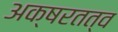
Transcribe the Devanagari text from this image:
अक्षरतत्व